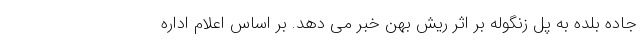
جاده بلده به پل زنگوله بر اثر ریش بهن خبر می دهد. بر اساس اعلام اداره